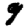
Digit: 9